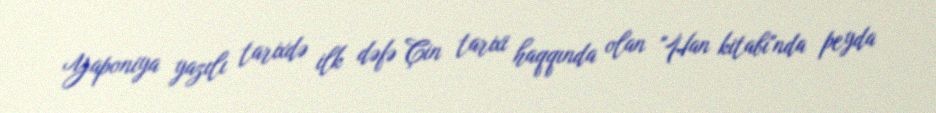
Yaponiya yazılı tarixdə ilk dəfə Çin tarixi haqqında olan "Han kitabı"nda peyda